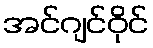
အင်ဂျင်ဝိုင်